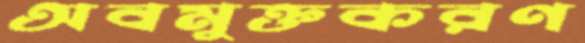
অবমুক্তকরণ